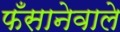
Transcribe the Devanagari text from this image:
फँसानेवाले